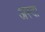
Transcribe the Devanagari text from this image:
अस्दा